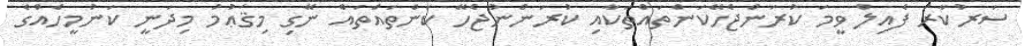
ސަރުކާރު ފެެއިލް ވީމަ ކުރަންޖެހޭކަންތައްތަކާއި ކުރަންނުޖެހޭ ކަންތައްތައް ނޭގި މިޤަޢުމު މިދަނީ ކަނުމީހެެއްގެ